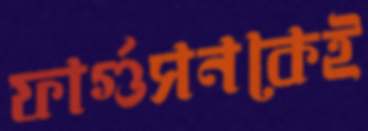
ফার্গুসনকেই